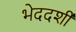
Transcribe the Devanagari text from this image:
भेददर्शी